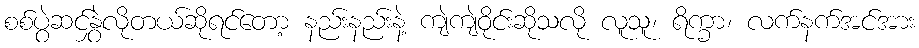
စစ်ပွဲဆင်နွှဲလိုတယ်ဆိုရင်တော့ နည်းနည်းနဲ့ ကျဲကျဲဝိုင်းဆိုသလို လူသူ၊ ရိက္ခာ၊ လက်နက်အင်အား